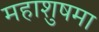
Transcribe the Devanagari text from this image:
महाशुषमा